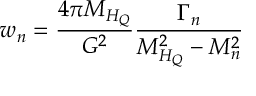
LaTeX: w _ { n } = \frac { 4 \pi M _ { H _ { Q } } } { G ^ { 2 } } \frac { \Gamma _ { n } } { M _ { H _ { Q } } ^ { 2 } - M _ { n } ^ { 2 } }